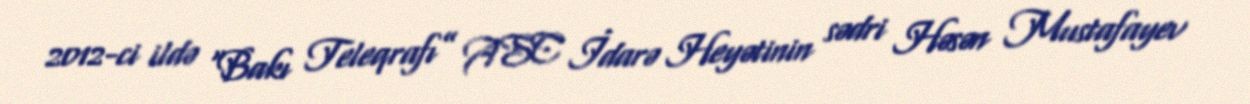
2012-ci ildə “Bakı Teleqrafı” ASC İdarə Heyətinin sədri Həsən Mustafayev